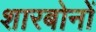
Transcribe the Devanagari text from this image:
शारबोनों